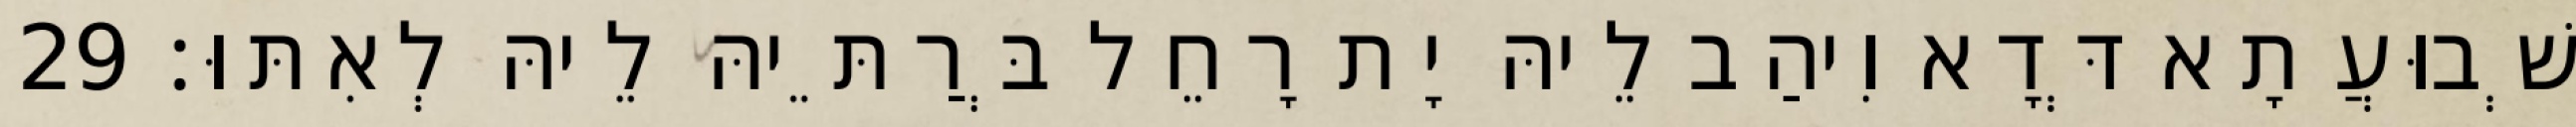
שְׁבוּעֲתָא דְּדָא וִיהַב לֵיהּ יָת רָחֵל בְּרַתֵּיהּ לֵיהּ לְאִתּוּ׃ 29